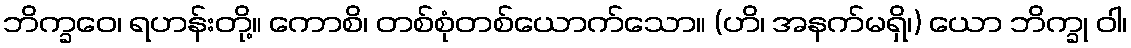
ဘိက္ခဝေ၊ ရဟန်းတို့။ ကောစိ၊ တစ်စုံတစ်ယောက်သော။ (ဟိ၊ အနက်မရှိ၊) ယော ဘိက္ခု ဝါ၊